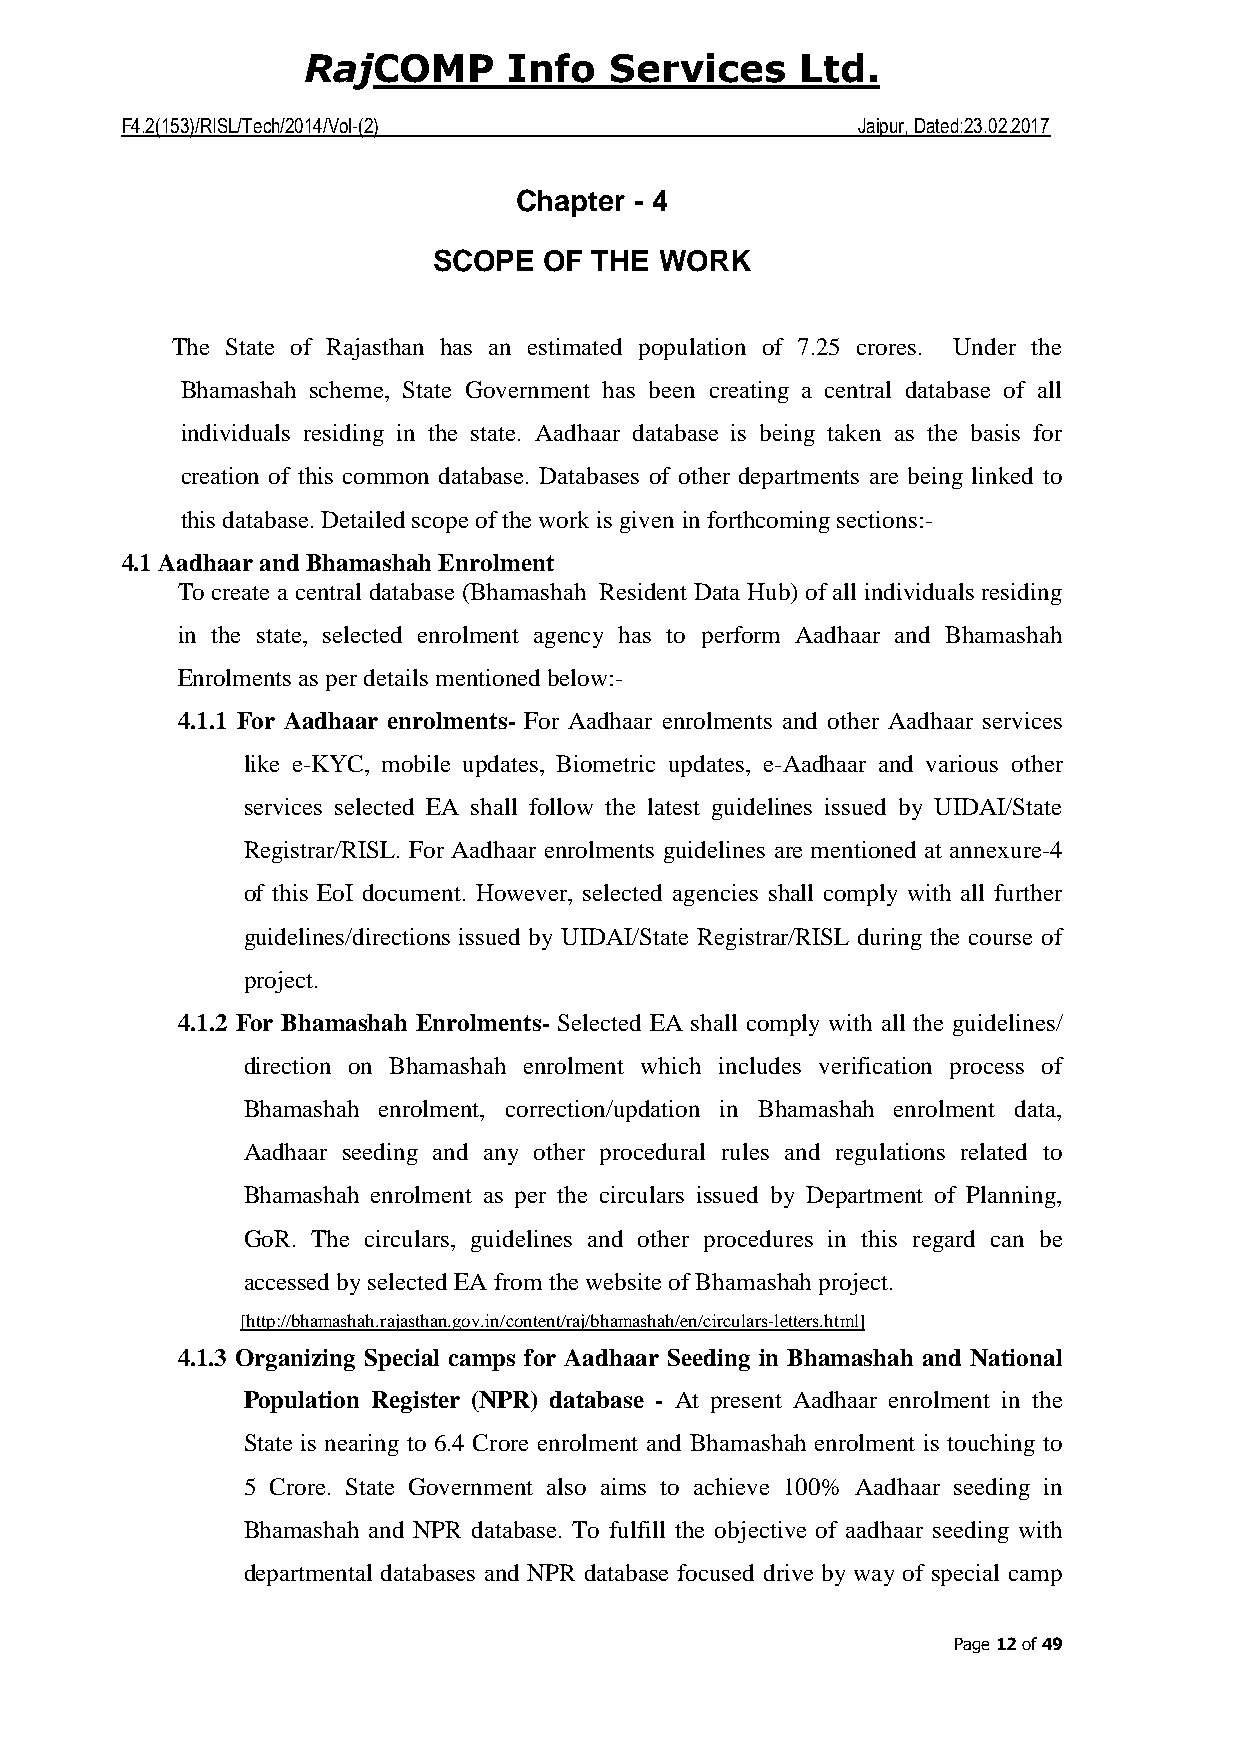
COMP     Info  Services     Ltd.
 Raj
 F4.2(153)/RISL/Tech/2014/Vol-(2)                 Jaipur, Dated:23.02.2017
 Chapter - 4
 SCOPE  OF THE  WORK
 The State of Rajasthan has an estimated population of 7.25 crores. Under the
 Bhamashah scheme, State Government has been creating a central database of all
 individuals residing in the state. Aadhaar database is being taken as the basis for
 creation of this common database. Databases of other departments are being linked to
 this database. Detailed scope of the work is given in forthcoming sections:-
 4.1 Aadhaar and Bhamashah Enrolment
 To create a central database (Bhamashah Resident Data Hub) of all individuals residing
 in the state, selected enrolment agency has to perform Aadhaar and Bhamashah
 Enrolments as per details mentioned below:-
 4.1.1 For Aadhaar enrolments- For Aadhaar enrolments and other Aadhaar services
 like e-KYC, mobile updates, Biometric updates, e-Aadhaar and various other
 services selected EA shall follow the latest guidelines issued by UIDAI/State
 Registrar/RISL. For Aadhaar enrolments guidelines are mentioned at annexure-4
 of this EoI document. However, selected agencies shall comply with all further
 guidelines/directions issued by UIDAI/State Registrar/RISL during the course of
 project.
 4.1.2 For Bhamashah Enrolments- Selected EA shall comply with all the guidelines/
 direction on Bhamashah enrolment which includes verification process of
 Bhamashah enrolment, correction/updation in Bhamashah enrolment data,
 Aadhaar seeding and any other procedural rules and regulations related to
 Bhamashah enrolment as per the circulars issued by Department of Planning,
 GoR. The circulars, guidelines and other procedures in this regard can be
 accessed by selected EA from the website of Bhamashah project.
 [http://bhamashah.rajasthan.gov.in/content/raj/bhamashah/en/circulars-letters.html]
 4.1.3 Organizing Special camps for Aadhaar Seeding in Bhamashah and National
 Population Register (NPR) database - At present Aadhaar enrolment in the
 State is nearing to 6.4 Crore enrolment and Bhamashah enrolment is touching to
 5 Crore. State Government also aims to achieve 100% Aadhaar seeding in
 Bhamashah and NPR database. To fulfill the objective of aadhaar seeding with
 departmental databases and NPR database focused drive by way of special camp
 Page 12 of 49